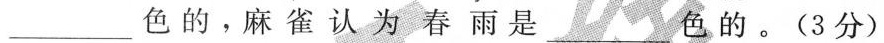
色的，麻雀认为春雨是___色的。(3分)